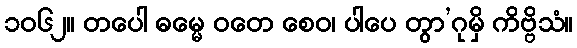
၁၀၆၂။ တပေါ ဓမ္မေ ဝတေ စေဝ၊ ပါပေ တွာ’ဂုမှိ ကိဗ္ဗိသံ။